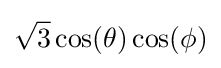
{\sqrt {3}}\cos(\theta )\cos(\phi )